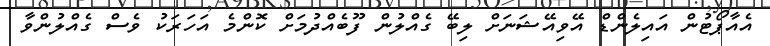
އެއާޕޯޓުން އައިލެންޑް އޭވިއޭޝަނަށް ލިބޭ ގެއްލުން ފޫބެއްދުމަށް ކޮންމެ އަހަރަކު ވެސް ގެއްލުންވާ